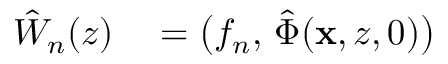
\begin{array} { r l } { \hat { W } _ { n } ( z ) } & { { } = \bigl ( f _ { n } , \, \hat { \Phi } ( \mathbf { x } , z , 0 ) \bigr ) } \end{array}